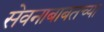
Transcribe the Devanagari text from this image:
सेवनाबाबतच्या